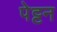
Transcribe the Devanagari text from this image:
पेट्टन